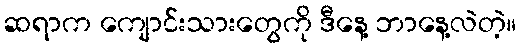
ဆရာက ကျောင်းသားတွေကို ဒီနေ့ ဘာနေ့လဲတဲ့။